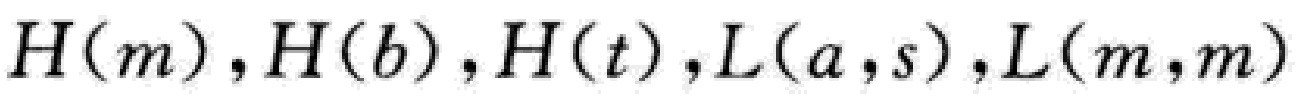
\(H(m),H(b),H(t),L(a,s),L(m,m)\)